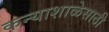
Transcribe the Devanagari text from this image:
कन्याशाळेसाठी